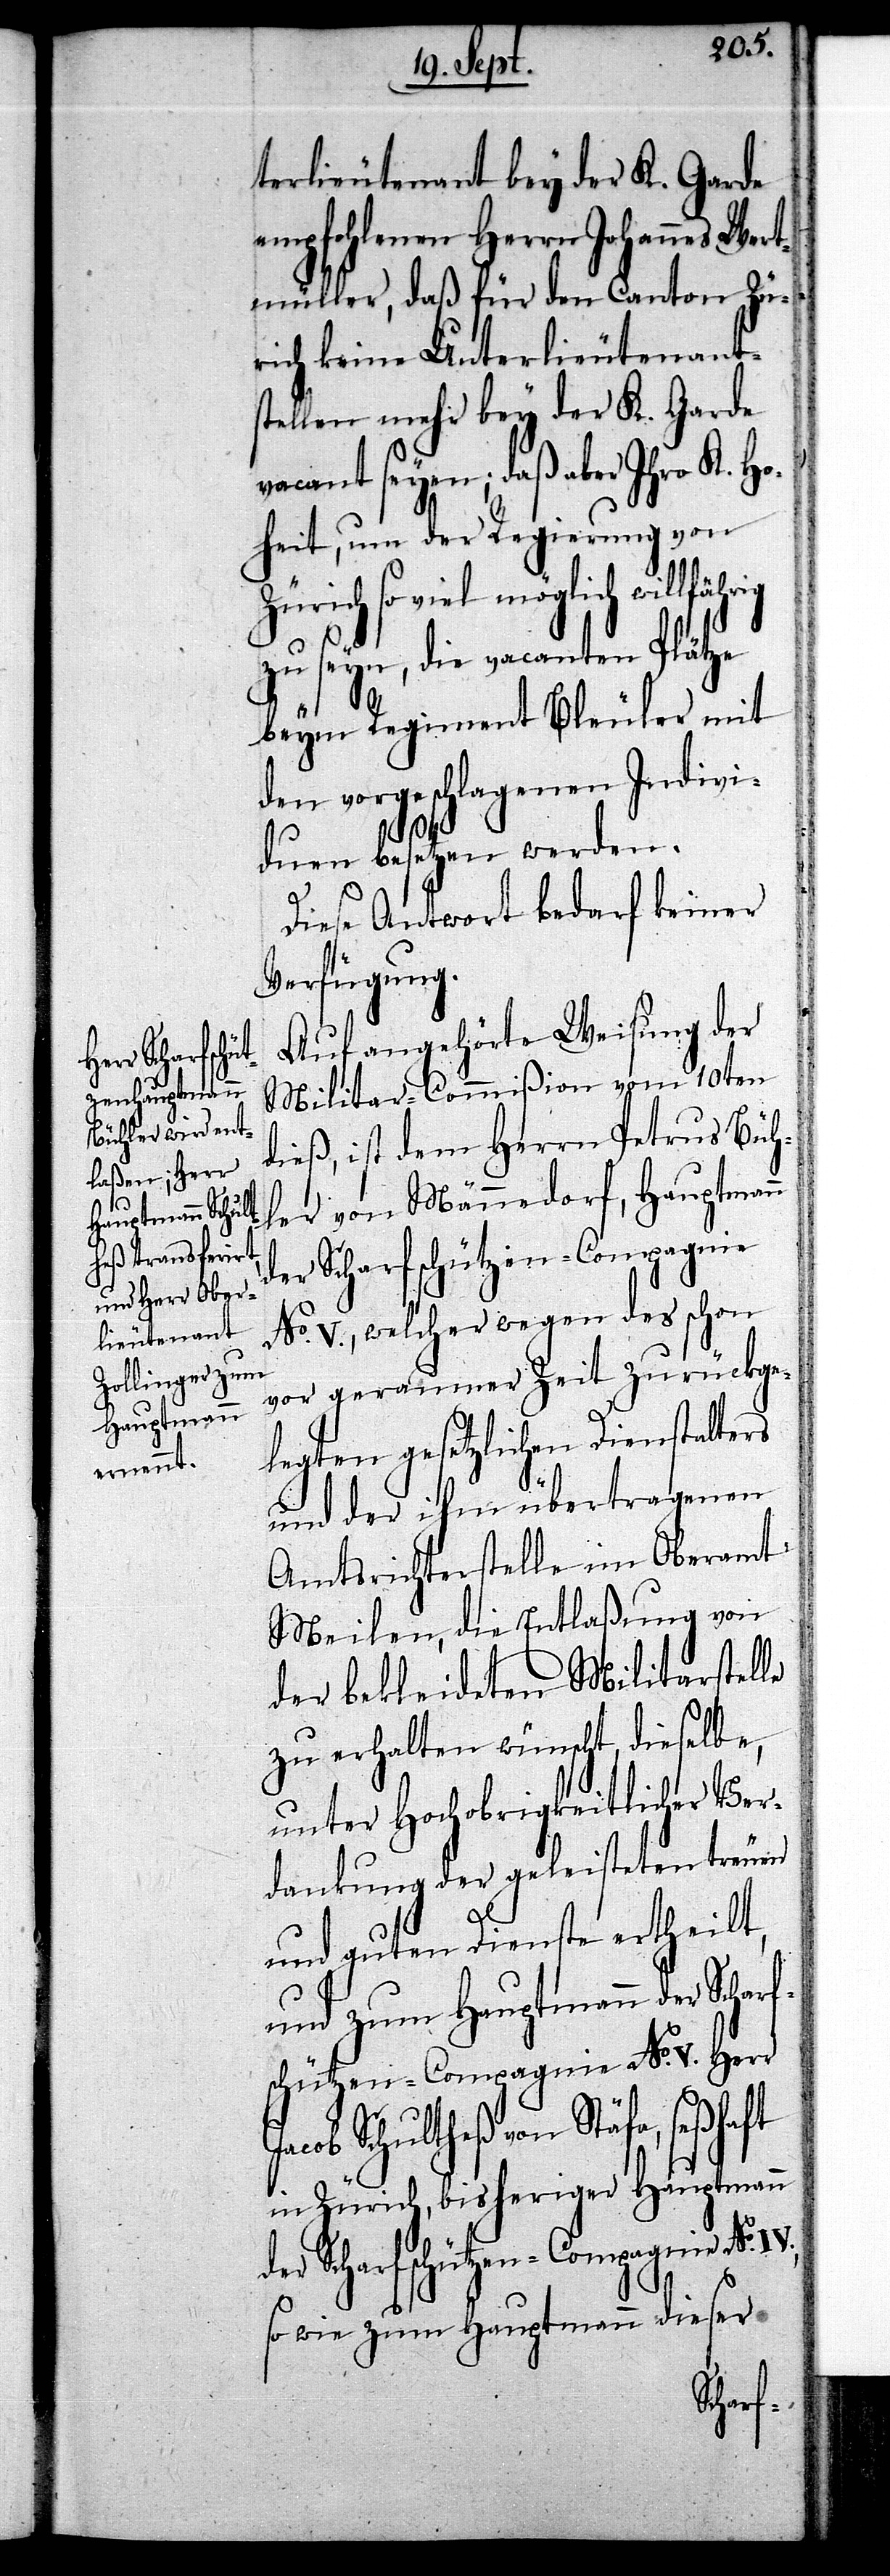
terlieutenant bey der K. Garde
empfohlenen Herrn Johannes Wert¬
müller, daß für den Canton Zü¬
rich keine Unterlieutenants¬
tellen mehr bey der K. Garde
vacant seyen; daß aber Ihro K. Ho¬
heit, um der Regierung von
Zürich so viel möglich
zu seyn, die vacanten Plätze
J¬
beym Regiment Bleuler mit
den vorgeschlagenen Indivi¬
duen besetzen werden.
Diese Antwort bedarf keiner
Verfügung.
Auf angehörte Weisung der
Militar-Commißion vom 10ten
dieß, ist dem Herrn Petrus Büh¬
ler von Männedorf, Hauptmann
der Scharfschützen-Compagnie
No. V., welcher wegen des schon
vor geraumer Zeit zurückge¬
legten gesetzlichen Dienstalters
und der ihm übertragenen
Amtsrichterstelle im Oberamt
Meilen, die Entlaßung von
der bekleideten Militarstelle
zu erhalten wünscht, dieselbe,
unter Hochobrigkeitlicher Ver¬
dankung der geleisteten treuen
und guten Dienste ertheilt,
und zum Hauptmann der Scharf¬
schützen-Compagnie No. V. Herr
acob Schultheß von Stäfa, seßhaft
in Zürich, bisheriger Hauptmann
der Scharfschützen-Compagnie No.
so wie zum Hauptmann dieser